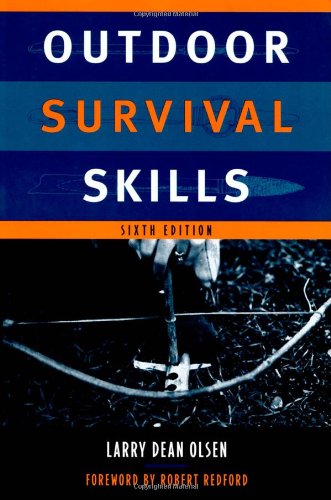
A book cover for Outdoor Survival Skills; Larry Dean Olsen; Health, Fitness & Dieting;